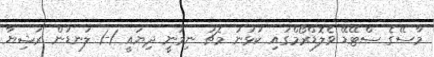
މާސޭގެ ސްޓޭޑޭ ވެލޮޑްރޯމްގައި ކުޅުނު މެޗު ނިމުނީ ދިޔައީ 1-1 ލަނޑުން ރަޝިޔާ